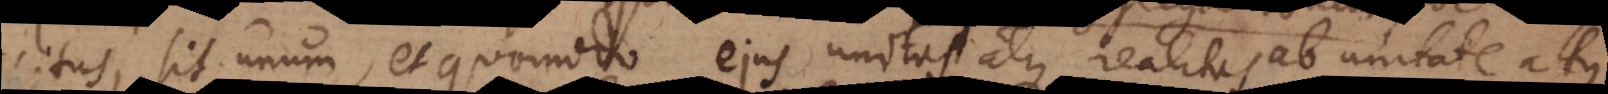
exercitus, sit unum, et quomodo ejus unitas atque realitas ab unitate atque